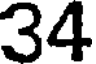
34